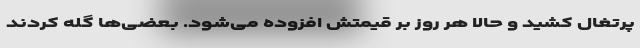
پرتغال کشید و حالا هر روز بر قیمتش افزوده می‌شود. بعضی‌ها گله کردند